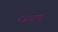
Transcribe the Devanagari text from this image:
रजधाम